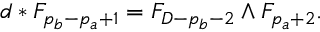
d * F _ { p _ { b } - p _ { a } + 1 } = F _ { D - p _ { b } - 2 } \wedge F _ { p _ { a } + 2 } .